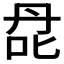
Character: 𰇙